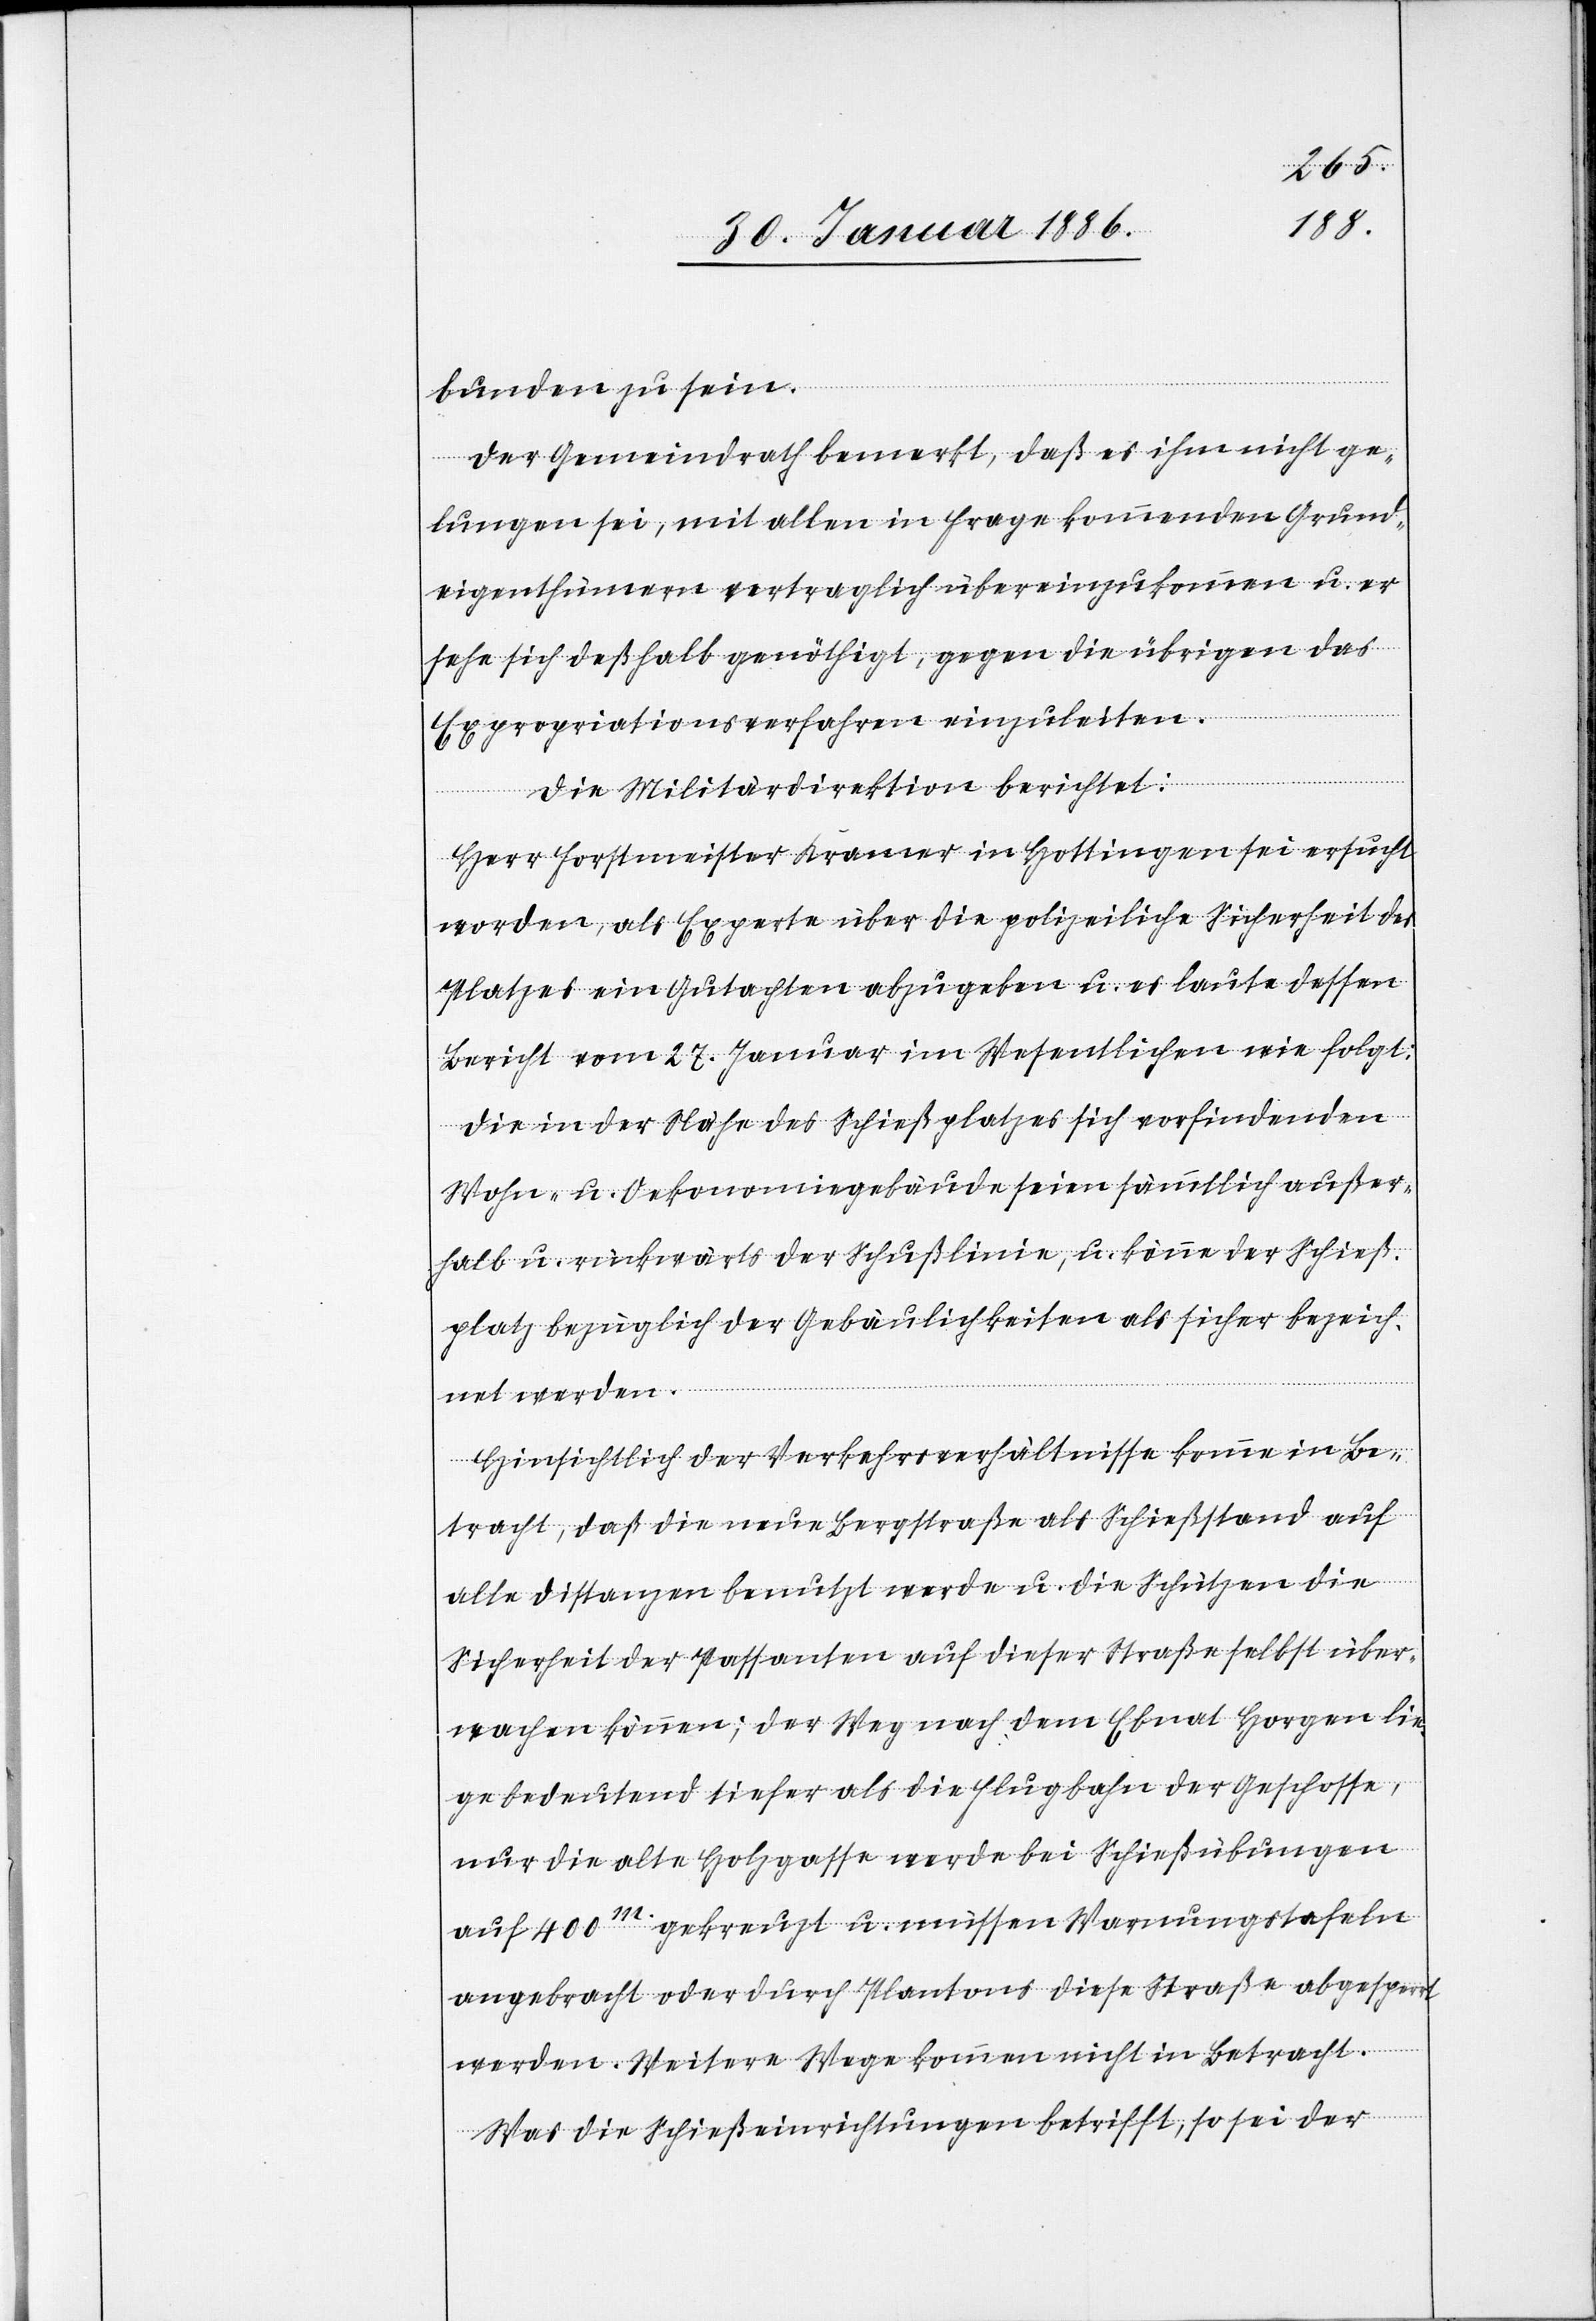
bunden zu sein.
Der Gemeindrath bemerkt, daß es ihm nicht ge¬
lungen sei, mit allen in Frage kommenden Grund¬
eigenthümern vertraglich übereinzukommen u. er
sehe sich deßhalb genöthigt, gegen die übrigen das
Expropriationsverfahren einzuleiten.
Die Militärdirektion berichtet:
Herr Forstmeister Kramer in Hottingen sei ersucht
worden, als Experte über die polizeiliche Sicherheit des
Platzes ein Gutachten abzugeben u. es laute dessen
Bericht vom 27. Januar im Wesentlichen wie folgt:
Die in der Nähe des Schießplatzes sich vorfindenden
Wohn- u. Oekonomiegebäude seien sämmtlich außer¬
halb u. rückwärts der Schußlinie, u. könne der Schieß¬
platz bezüglich der Gebäulichkeiten als sicher bezeich¬
net werden.
Hinsichtlich der Verkehrsverhältnisse komme in Be¬
tracht, daß die neue Bergstraße als Schießstand auf
alle Distanzen benutzt werde u. die Schützen die
Sicherheit der Passanten auf dieser Straße selbst über¬
wachen können; der Weg nach dem Ebnat Horgen lie¬
ge bedeutend tiefer als die Flugbahn der Geschosse,
nur die alte Holzgasse werde bei Schießübungen
auf 400 m gekreuzt u. müssen Warnungstafeln
angebracht oder durch Plantons diese Straße abgesperrt
werden. Weitere Wege kommen nicht in Betracht.
Was die Schießeinrichtungen betrifft, so sei der